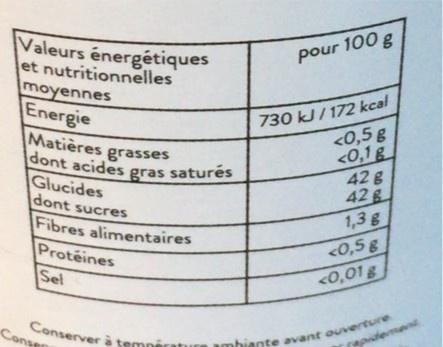
Valeurs énergétiques et nutritionnelles moyennes Energie
pour 100 g
Matières grasses dont acides Glucides dont sucres
730 kJ/ 172 kcal <0,5 g <0,1g 42 g 42g 1,3 g
gras saturés
Fibres alimentaires Proteines Sel
<0,58
<0,01g
hiante avant ouvenrture epidemend
Conse
Conserver à tempér
amb